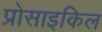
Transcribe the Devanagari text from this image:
प्रोसाइकिल